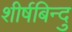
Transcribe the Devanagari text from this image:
शीर्षबिन्दु